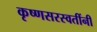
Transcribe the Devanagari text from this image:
कृष्णसरस्वतींनी